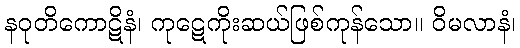
နဝုတိကောဋိနံ၊ ကုဋေကိုးဆယ်ဖြစ်ကုန်သော။ ဝိမလာနံ၊